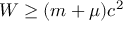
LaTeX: W \geq ( m + \mu ) c ^ { 2 }